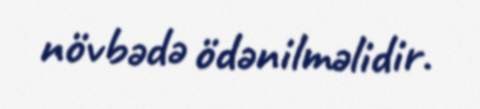
növbədə ödənilməlidir.